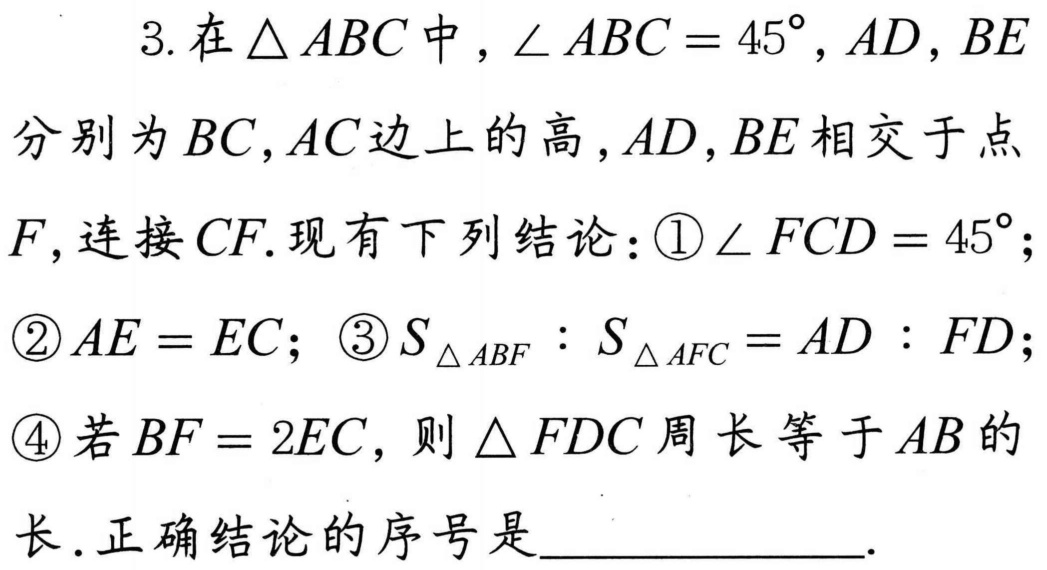
3. 在$\triangle ABC$中，$\angle ABC = 45^{\circ}$，$AD$，$BE$分别为$BC$，$AC$边上的高，$AD$，$BE$相交于点$F$，连接$CF$. 现有下列结论：\textcircled{1}$\angle FCD = 45^{\circ}$；\textcircled{2}$AE = EC$；\textcircled{3}$S_{\triangle ABF}:S_{\triangle AFC}=AD:FD$；\textcircled{4}若$BF = 2EC$，则$\triangle FDC$周长等于$AB$的长. 正确结论的序号是____________.